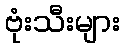
ဗုံးသီးများ